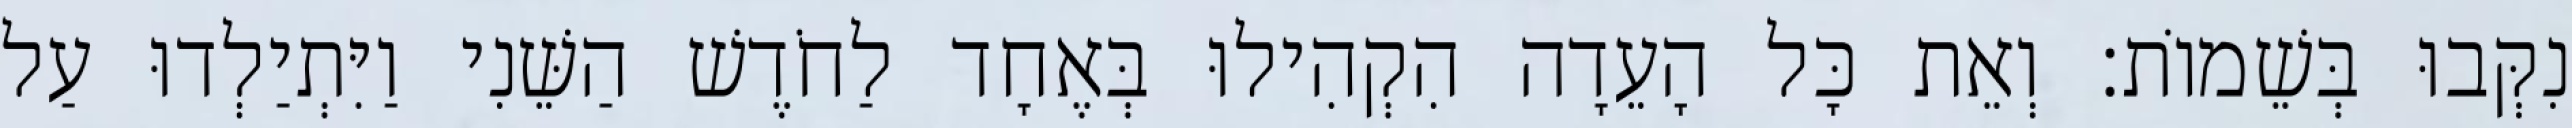
נִקְּבוּ בְּשֵׁמוֹת׃ וְאֵת כָּל הָעֵדָה הִקְהִילוּ בְּאֶחָד לַחֹדֶשׁ הַשֵּׁנִי וַיִּתְיַלְדוּ עַל